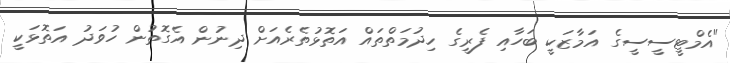
"އެމްޓީސީސީގެ އަމާޒަކީ ބަހާއި ފެރީގެ ހިދުމަތްތައް އަތޮޅުތެރެއަށް ދިނުން އެގޮތުން ހުވަދު އަތޮޅަކީ